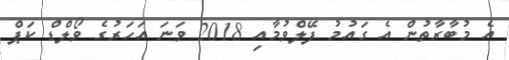
އެ މުބާރާތުން އެ ގައުމު ފޭލްވުމާއި 2018 ވަނަ އަހަރުގެ ވޯލްޑް ކަޕް